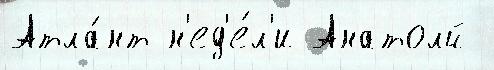
Атла́нт н'ед'е́л'и Анатолй